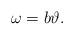
LaTeX: \begin{align*} \omega = b \vartheta.\end{align*}